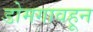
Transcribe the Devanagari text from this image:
डोमगावहून